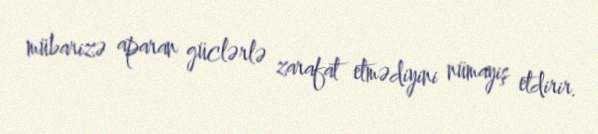
mübarizə aparan güclərlə zarafat etmədiyini nümayiş etdirir.